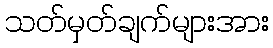
သတ်မှတ်ချက်များအား